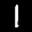
Label: 1